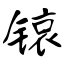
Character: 锿